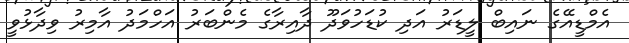
އެމްޑީއޭގެ ނައިބް ލީޑަރު އަދި ކުޑަހުވަދޫ ދާއިރާގެ މެންބަރު އަހްމަދު އާމިރު ވިދާޅުވީ